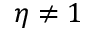
\eta \neq 1